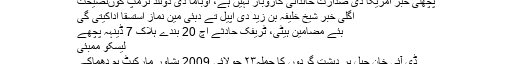
پچھلی خبر امریکا دی صدارت خاندانی کاروبار نہیں ہے، اوباما دی ڈونلڈ ٹرمپ کوںنصیحت
اگلی خبر شیخ خلیفہ بن زید دی اپیل تے دبئی مین نماز استسقا اداکیتی گی
بئے مضامین ہیٹی، ٹریفک حادثے اچ 20 بندے ہلاک 7 ڈینہہ پچھے
لیسکو ممبئی
ڈی آئی خان جیل پر دہشت گردوں کا حملہ۲۳ جولائی 2009 پشاور مارکیٹ بم دھماکے